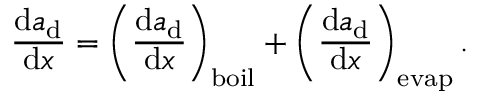
\frac { \mathrm { d } a _ { \mathrm { d } } } { \mathrm { d } x } = \left( \frac { \mathrm { d } a _ { \mathrm { d } } } { \mathrm { d } x } \right) _ { \mathrm { b o i l } } + \left( \frac { \mathrm { d } a _ { \mathrm { d } } } { \mathrm { d } x } \right) _ { \mathrm { e v a p } } .